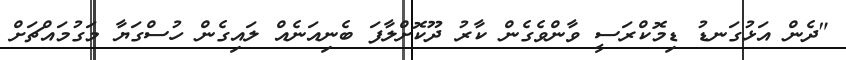
"ދެން އަޅުގަނޑު ޑިމޮކްރަސީ ވާންވެގެން ކާރު ދޫކޮށްލާފަ ބެނިއަނެއް ލައިގެން ހުސްގަޔާ މަގުމައްޗަށް